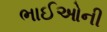
ભાઈઓની